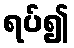
ရပ်၍